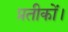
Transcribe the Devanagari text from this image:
प्रतीकों।